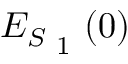
E _ { S \textsubscript { 1 } } ( \boldsymbol { 0 } )